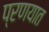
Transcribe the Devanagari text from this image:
प्रणयात